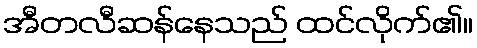
အီတလီဆန်နေသည် ထင်လိုက်၏။